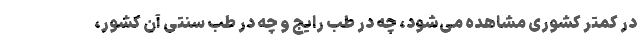
در کمتر کشوری مشاهده می‌شود، چه در طب رایج و چه در طب سنتی آن کشور،